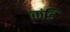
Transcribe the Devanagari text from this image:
कंडि